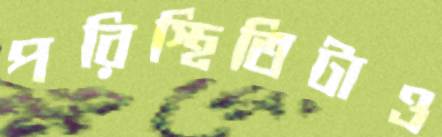
পরিস্থিতিটাও